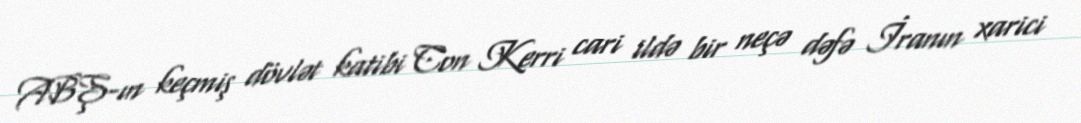
ABŞ-ın keçmiş dövlət katibi Con Kerri cari ildə bir neçə dəfə İranın xarici